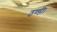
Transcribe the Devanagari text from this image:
ठण्डी।